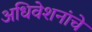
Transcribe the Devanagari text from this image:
अधिवेशनांचे